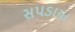
સપડાયા